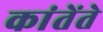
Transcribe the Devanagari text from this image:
कांतेंते